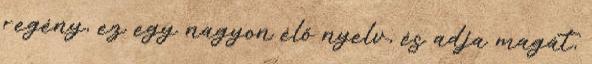
regény, ez egy nagyon élő nyelv, és adja magát,